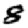
Digit: 8